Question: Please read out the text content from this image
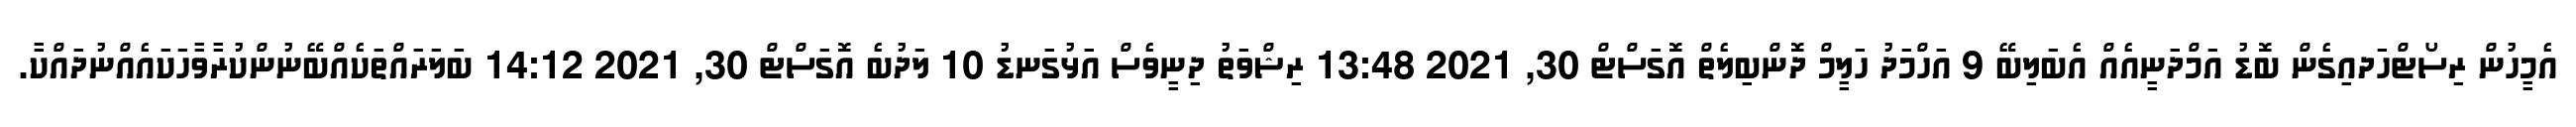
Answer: އެމީހުން ރިސޯޓްހަދއިގެން ބޮޑު އަމްދަނީއެއް އެބަލިބޭ 9 އަހްމަދު ހަލީމް ދޮންބިލެތް އޮގަސްޓް 30, 2021 13:48 ރިޝްވަތު ދިނީވެސް އަޅުގަނޑު 10 ލަދުބެ އޮގަސްޓް 30, 2021 14:12 ބަލަރައްތަކެއްބޭނުންކުރާވާހަކައެއްނުދައްކާ.